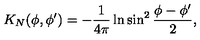
K _ { N } ( \phi , \phi ^ { \prime } ) = - { \frac { 1 } { 4 \pi } } \ln \sin ^ { 2 } { \frac { \phi - \phi ^ { \prime } } { 2 } } ,